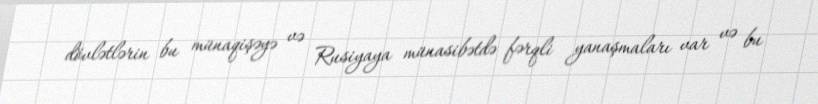
dövlətlərin bu münaqişəyə və Rusiyaya münasibətdə fərqli yanaşmaları var və bu